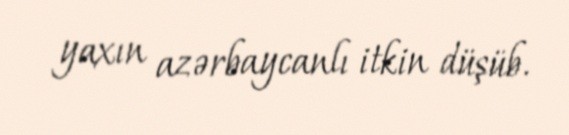
yaxın azərbaycanlı itkin düşüb.